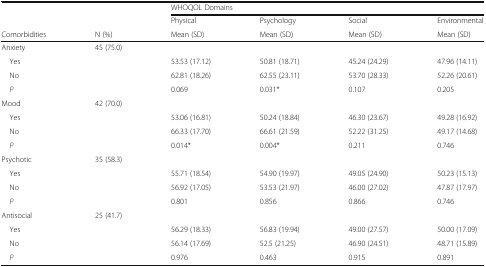
|  |  | <COLSPAN=4> WHOQOL Domains |
 |  |  | Physical | Psychology | Social | Environmental |
 | Comorbidities | N (%) | Mean (SD) | Mean (SD) | Mean (SD) | Mean (SD) |
 | --- | --- | --- | --- | --- | --- |
 | Anxiety | 45 (75.0) |  |  |  |  |
 | Yes |  | 53.53 (17.12) | 50.81 (18.71) | 45.24 (24.29) | 47.96 (14.11) |
 | No |  | 62.81 (18.26) | 62.55 (23.11) | 53.70 (28.33) | 52.26 (20.61) |
 | P |  | 0.069 | 0.031* | 0.107 | 0.205 |
 | Mood | 42 (70.0) |  |  |  |  |
 | Yes |  | 53.06 (16.81) | 50.24 (18.84) | 46.30 (23.67) | 49.28 (16.92) |
 | No |  | 66.33 (17.70) | 66.61 (21.59) | 52.22 (31.25) | 49.17 (14.68) |
 | P |  | 0.014* | 0.004* | 0.211 | 0.746 |
 | Psychotic | 35 (58.3) |  |  |  |  |
 | Yes |  | 55.71 (18.54) | 54.90 (19.97) | 49.05 (24.90) | 50.23 (15.13) |
 | No |  | 56.92 (17.05) | 53.53 (21.97) | 46.00 (27.02) | 47.87 (17.97) |
 | P |  | 0.801 | 0.856 | 0.866 | 0.746 |
 | Antisocial | 25 (41.7) |  |  |  |  |
 | Yes |  | 56.29 (18.33) | 56.83 (19.94) | 49.00 (27.57) | 50.00 (17.09) |
 | No |  | 56.14 (17.69) | 52.5 (21.25) | 46.90 (24.51) | 48.71 (15.89) |
 | P |  | 0.976 | 0.463 | 0.915 | 0.891 |